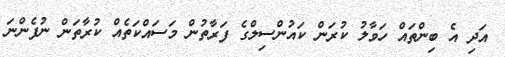
އަދި އެ ބިންތައް ހަވާލު ކުރަން ކައުންސިލްގެ ފަރާތުން މަސައްކަތެއް ކުރާތަން ނުފެންނަ